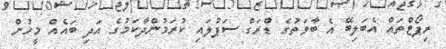
ރިޕޯޓްތައް އެބަލިބޭ އެ ބާވަތުގެ ޑްރަގް ސަޕުލައި ކުރަމުންދާކަމުގެ އަދި ބައެއް މީހުން